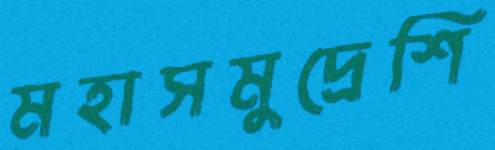
মহাসমুদ্রেশি